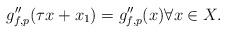
LaTeX: \begin{align*}g_{f,p}''(\tau x+x_1)=g_{f,p}''(x)\forall x\in X. \end{align*}